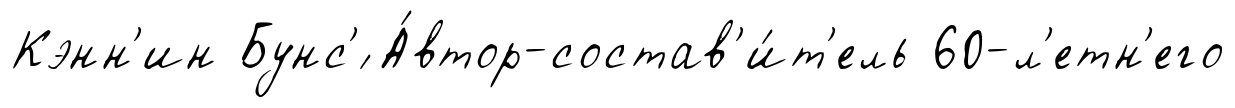
Кэнн'ин Бунс'́ А́втор-состав'и́т'ель 60-л'етн'его